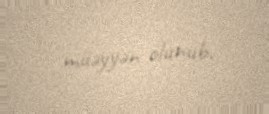
müəyyən olunub.